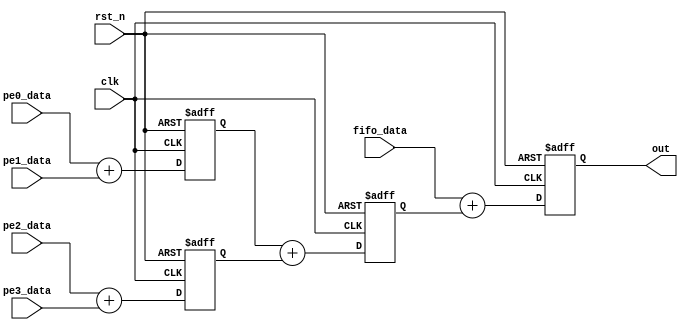
// This program was cloned from: https://github.com/lirui-shanghaitech/CNN-Accelerator-VLSI
// License: Apache License 2.0

///==------------------------------------------------------------------==///
/// Conv kernel: adder tree of psum module
///==------------------------------------------------------------------==///
/// Three stages pipelined adder tree
module PSUM_ADD #(
    parameter data_width = 25
) (
    input clk,
    input rst_n,
    input signed [data_width-1:0] pe0_data,
    input signed [data_width-1:0] pe1_data,
    input signed [data_width-1:0] pe2_data,
    input signed [data_width-1:0] pe3_data,
    input signed [data_width-1:0] fifo_data,
    output signed [data_width-1:0] out
);

    reg signed [data_width-1:0] psum0;
    reg signed [data_width-1:0] psum1;
    reg signed [data_width-1:0] psum2;
    reg signed [data_width-1:0] out_r;

    assign out = out_r;
    /// Adder tree
    always @(posedge clk or negedge rst_n) begin
        if (!rst_n) begin
            psum0 <= 0;
            psum1 <= 0;
            psum2 <= 0;
            out_r   <= 0;
        end else begin
            psum0 <= pe0_data + pe1_data;
            psum1 <= pe2_data + pe3_data;
            psum2 <= psum0 + psum1;
            out_r <= fifo_data + psum2;
        end
    end
endmodule